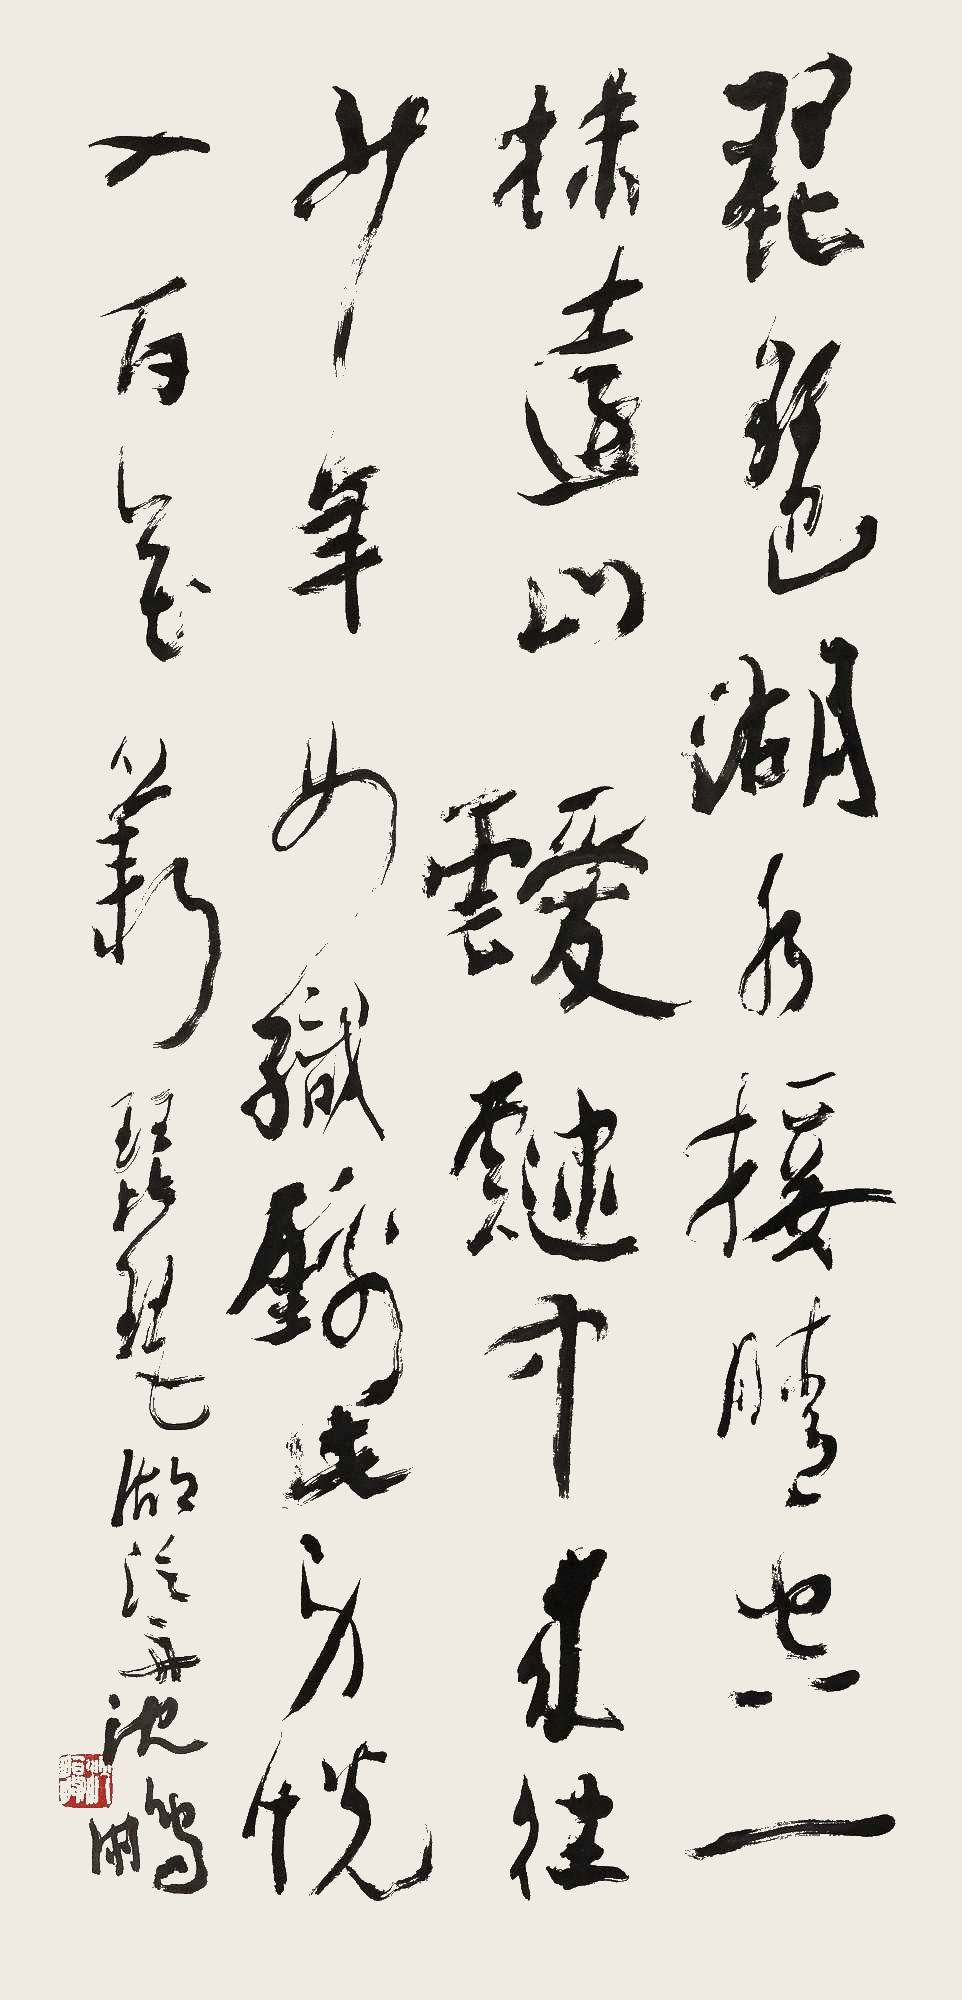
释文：琵琶湖水接晴空，一抹远山叆叇中。来往少年如织锦，此身恍入百花丛。琵琶湖泛舟沈鹏。